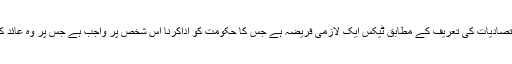
ماہرین اقتصادیات کی تعریف کے مطابق ٹیکس ایک لازمی فریضہ ہے جس کا حکومت کو اداکرنا اس شخص پر واجب ہے جس پر وہ عائد کیا جائے۔